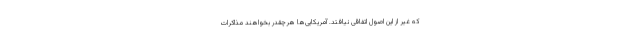
که غیر از این اصول اتفاقی نیافتد. آمریکایی‌ها هرچقدر بخواهند مذاکرات